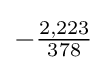
-{\tfrac {2,223}{378}}